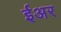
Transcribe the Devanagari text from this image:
ईअर